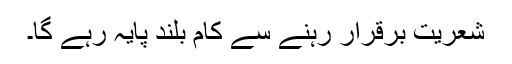
شعریت برقرار رہنے سے کام بلند پایہ رہے گا۔